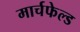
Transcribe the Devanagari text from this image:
मार्चफेल्ड